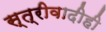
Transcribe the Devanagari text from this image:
स्त्रीवादीही